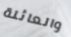
والعائلة